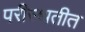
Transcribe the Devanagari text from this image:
परीस्थतीत